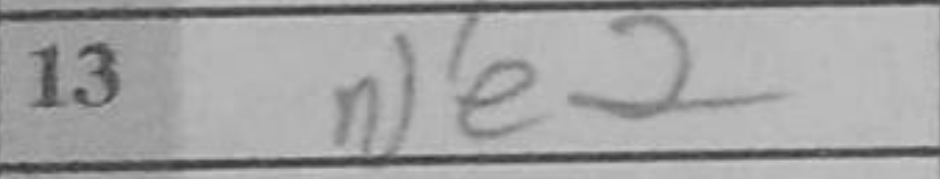
Transcription: Ne2